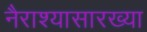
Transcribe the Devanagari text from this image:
नैराश्यासारख्या